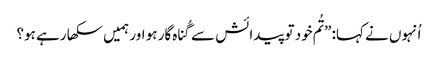
‏ اُنہوں نے کہا:‏ ”‏تُم خود تو پیدائش سے گُناہ‌گار ہو اور ہمیں سکھا رہے ہو؟